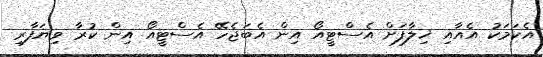
އެކަމަކު އެއާއި ޚިލާފަށް އެސްޓީއޯ އިން އެބަޖެހޭ އެސްޓީއޯ އިން ކުރާ ވިޔަފާރި